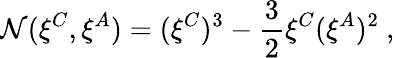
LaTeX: {\cal N}(\xi^{C},\xi^{A})=(\xi^{C})^{3}-{\frac{3}{2}}\xi^{C}(\xi^{A})^{2}\ ,